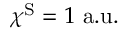
\chi ^ { \mathrm { S } } = 1 \ \mathrm { a . u . }